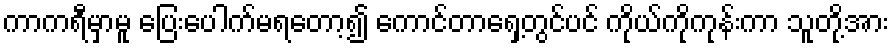
ကာကရီမှာမူ ပြေးပေါက်မရတော့၍ ကောင်တာရှေ့တွင်ပင် ကိုယ်ကိုကုန်းကာ သူတို့အား